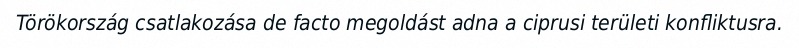
Törökország csatlakozása de facto megoldást adna a ciprusi területi konfliktusra.